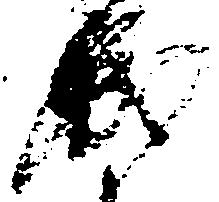
職